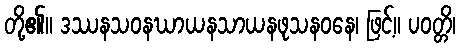
တို့၏။ ဒဿနသဝနဃာယနသာယနဖုသနဝနေ၊ ဖြင့်။ ပဝတ္တိ၊